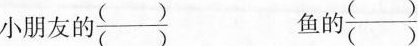
小朋友的\frac{（）}{（）}鱼的\frac{（）}{（）}